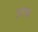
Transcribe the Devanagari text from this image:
३७१४